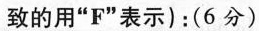
致的用”F”表示)：(6分)